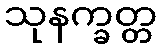
သုနက္ခတ္တ